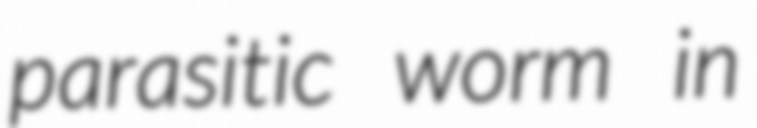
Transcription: parasitic worm in